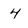
Character: 4